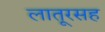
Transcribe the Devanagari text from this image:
लातूरसह